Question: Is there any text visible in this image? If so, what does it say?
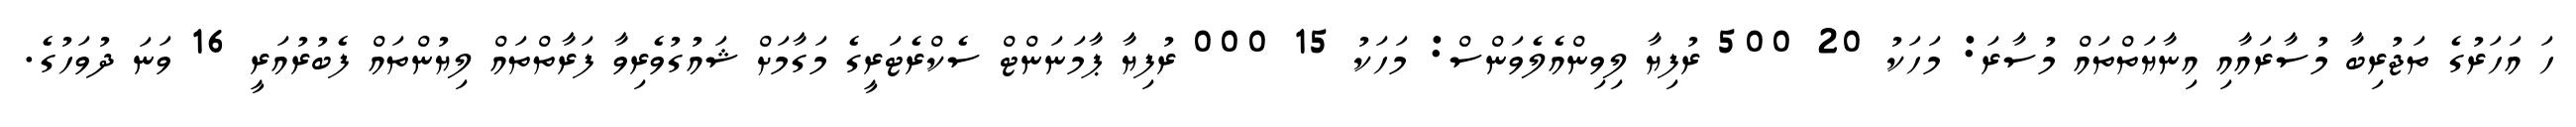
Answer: ހަ އަހަރުގެ ތަޖުރިބާ މުސާރައާއި އިނާޔަތްތައް މުސާރަ: މަހަކު 20 500 ރުފިޔާ ލިވިންއެލެވަންސް: މަހަކު 15 000 ރުފިޔާ ޕާމަނަންޓް ސެކްރެޓަރީގެ މަގާމަށް ޝައުގުވެރިވާ ފަރާތްތައް ލިޔުންތައް ފެބުރުއަރީ 16 ވަނަ ދުވަހުގެ.